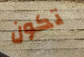
تكون